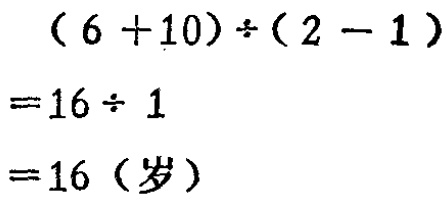
\[(6 + 10)\div(2 - 1)=16\div 1 = 16 (\text{岁})\]